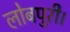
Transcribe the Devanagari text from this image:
लोबपुरी।